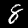
Label: 8